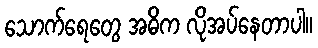
သောက်ရေတွေ အဓိက လိုအပ်နေတာပါ။